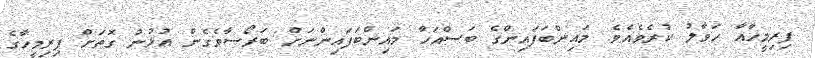
ފިރިމީހާއާ ހަވާލު ކުރެވެއެވެ. މައިންބަފައިންގެ ބަސްއަހާ މައިންބަފައިންނަށް ބަރޯސާވެގެން އުޅުނު ގޮތަށް ފިރިމީހާގެ